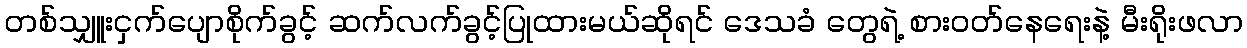
တစ်သျှူးငှက်ပျောစိုက်ခွင့် ဆက်လက်ခွင့်ပြုထားမယ်ဆိုရင် ဒေသခံ တွေရဲ့ စားဝတ်နေရေးနဲ့ မီးရိုးဖလာ